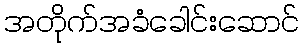
အတိုက်အခံခေါင်းဆောင်